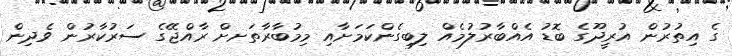
ގެ އިތުރުން އުރީދޫގެ ބޮޑު އެއްބާރުލުމެއް ލިބިގެންކަމަށާއި މިމުބާރާތަށށް ރާއްޖޭގެ ސަރުކާރުން ވެދިން